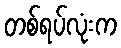
တစ်ရပ်လုံးက